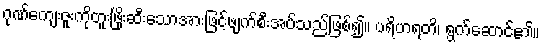
ဂုဏ်ကျေးဇူးကိုတူးဖြိုးဆီးသောအားဖြင့်ဖျက်စီးအပ်သည်ဖြစ်၍။ ပရိဟရတိ၊ ရွက်ဆောင်၏။